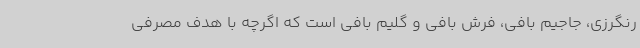
رنگرزی، جاجیم ‌بافی، فرش بافی و گلیم بافی است که اگرچه با هدف مصرفی